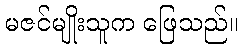
မဇင်မျိုးသူက ဖြေသည်။